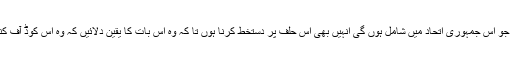
تمام دوسری سیاسی پارٹیاں جو اس جمہوری اتحاد میں شامل ہوں گی انہیں بھی اس حلف پر دستخط کرنا ہوں تا کہ وہ اس بات کا یقین دلائیں کہ وہ اس کوڈ آف کنڈکٹ پر عمل پیرا رہیں گی۔